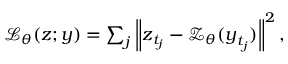
\begin{array} { r } { \mathcal { L } _ { \boldsymbol { \theta } } ( \boldsymbol { z } ; \boldsymbol { y } ) = \sum _ { j } \left\lVert \boldsymbol { z } _ { t _ { j } } - \boldsymbol { \mathcal { Z } } _ { \boldsymbol { \theta } } ( \boldsymbol { y } _ { t _ { j } } ) \right\rVert ^ { 2 } , } \end{array}